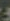
و